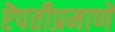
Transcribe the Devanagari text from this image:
ऎपतीप्रमाणे